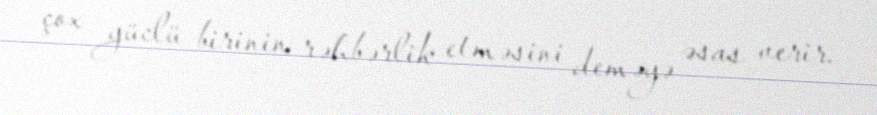
çox güclü birinin rəhbərlik etməsini deməyə əsas verir.